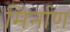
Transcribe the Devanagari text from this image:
मिर्नाण